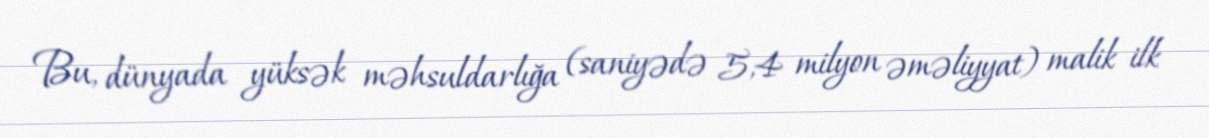
Bu, dünyada yüksək məhsuldarlığa (saniyədə 5,4 milyon əməliyyat) malik ilk